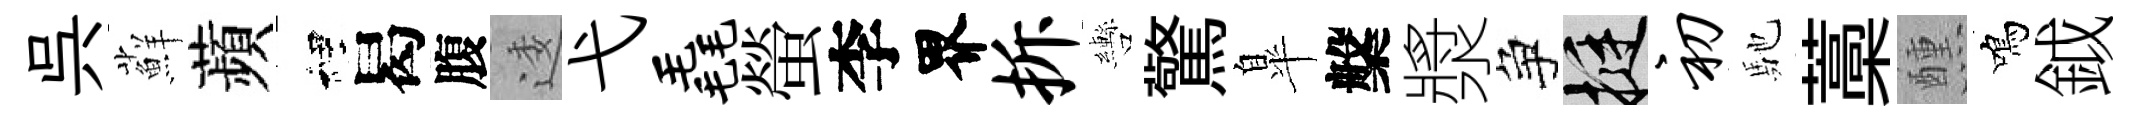
呉蘚蘋裡曷腹逶弋毳螢李界拆轡驚臯槃漿争挺初馳藁醺鳴鉞